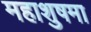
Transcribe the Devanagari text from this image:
महाशुषमा